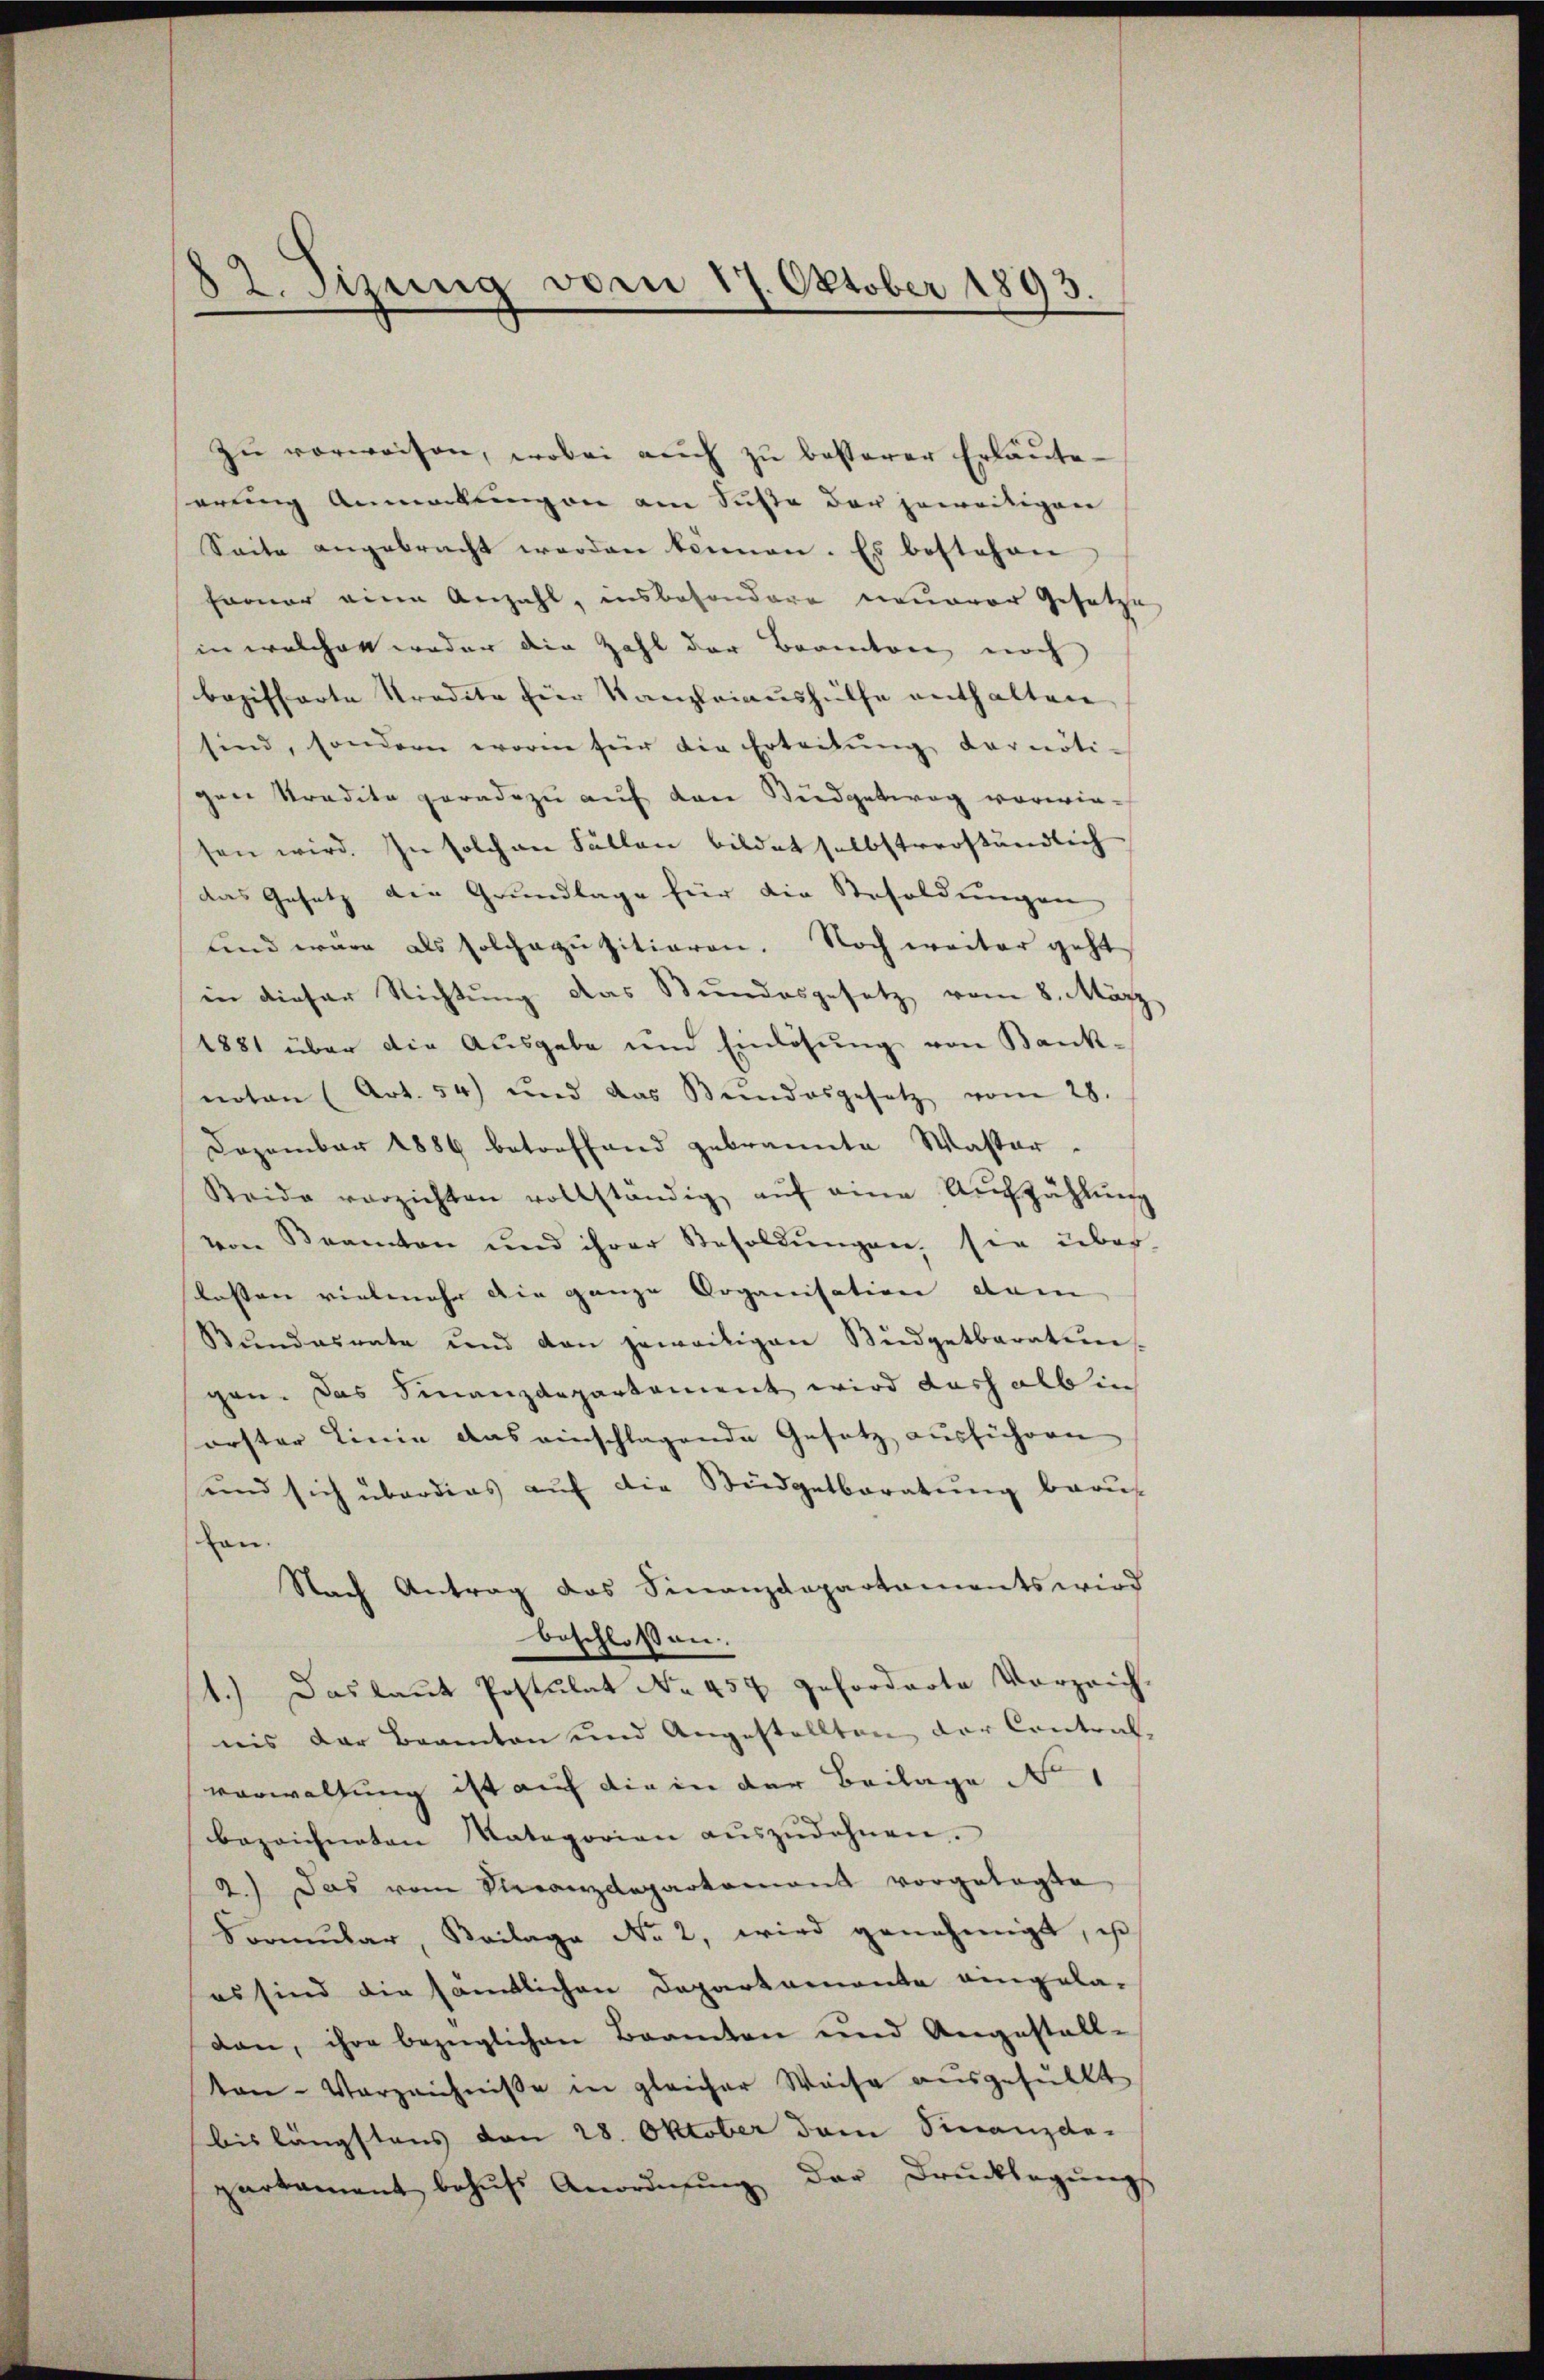
82. Sizung vom 17. Oktober 1893.

zŭ verweisen, wobei aŭch zŭ besterer Erläute
serung Anmerkungen am Suste der jeweitigen
Seite angebracht werden können. Es bestehen
harner eine Anzahl, insbesondere neuerer Gesetze
in welcher weder die Zahl der Beantone noch
bezifferte Tradite hier Kanzleiaushülfe enthalten,
sind, sondern worin für die Erteilŭng der nöti-
gen Stradita geradezu auf den Sudgetweg vorwiesen wird. In solchen Fällen bildet selbstverständlich
das Gesetz die Grundlage für die Resoldungen
und wäre als solchegusitieren. Noch weiter geht
in dieser Richtung das Stundesgesetz vom 8. März
1881 über die Ausgabe um Einlösung von Bank-
noten (Art. 54) und das Bundesgesetz vom 28.
Dezember 1886 betreffend gebrannte Wasser.
Seide verzichten vollständig aŭf eine Aufzählŭng
von Beamten und ihrer Besoldŭngen, sie über
lassen vielmehr die ganze Organisation dem |
Bŭndesrate und den jeweiligen Büdgetberaten
gen. Das Finanzdepartement wird darf als in
orster Linie das einschlagende Gesetz ausführen
und sich überdies auf die Büdgetberatung beruf
von
Nach Antrag das Finanzdepartaments wird
beschlossen.
1.) Das laut Postulat No. 457 geforderte Vorzeich-
nis der Beamten und Angestellten der Contral-
verwaltung ist auf die in der Beilage N
bezeichneten Kategorien aŭszŭdehnen.
a.) Das vom Veranzdepartamant vorgelegte
Formŭlar, Beilage No 2, wird genehmigt, is
es sind die sämtlichen Departamente eingela-
dan, ihre bezüglichen Beamten und Angestall-
ten-Verzeichnisse in gleicher Weise ausgefüllt
bis längstens den 28. Oktober dem Finanzde-
partament behŭfs Anordnŭng der Drŭcklegŭng